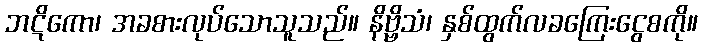
ဘဋိကော၊ အခစားလုပ်သောသူသည်။ နိဗ္ဗိသံ၊ နှစ်ထွက်လခကြေးငွေစကို။